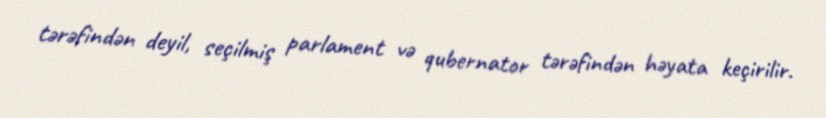
tərəfindən deyil, seçilmiş parlament və qubernator tərəfindən həyata keçirilir.